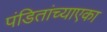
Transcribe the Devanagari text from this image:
पंडितांच्याएका